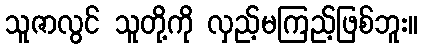
သူဇာလွင် သူတို့ကို လှည့်မကြည့်ဖြစ်ဘူး။